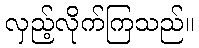
လှည့်လိုက်ကြသည်။